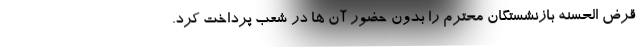
قرض الحسنه بازنشستگان محترم را بدون حضور آن ها در شعب پرداخت کرد.